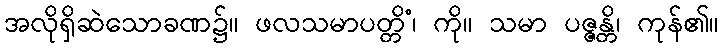
အလိုရှိဆဲသောခဏ၌။ ဖလသမာပတ္တိံ၊ ကို။ သမာ ပဇ္ဇန္တိ၊ ကုန်၏။